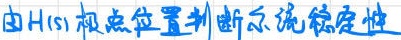
由$H(s)$极点位置判断系统稳定性